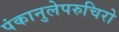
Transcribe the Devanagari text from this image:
पंकानुलेपरुचिरो